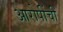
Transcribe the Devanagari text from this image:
आरोपींची